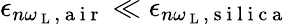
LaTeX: \epsilon_{n\omega_{\mathrm{~L~}},\mathrm{~a~i~r~}}\ll\epsilon_{n\omega_{\mathrm{~L~}},\mathrm{~s~i~l~i~c~a~}}